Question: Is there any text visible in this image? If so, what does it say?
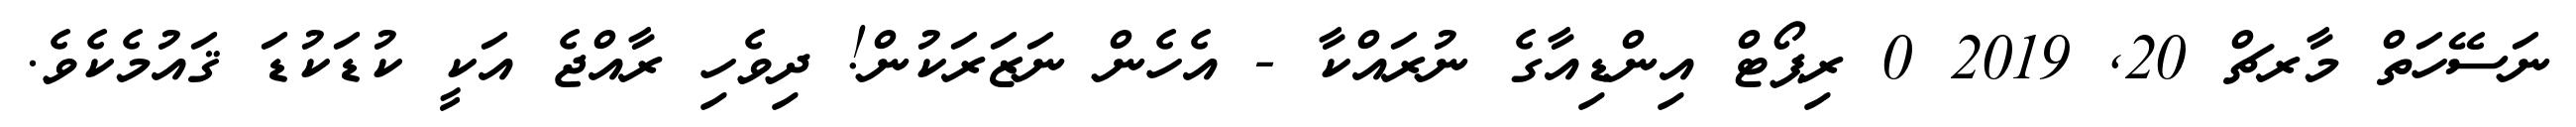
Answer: ނަސޭހަތް މާރޗް 20, 2019 0 ރިޕޯޓް އިންޑިއާގެ ނުރައްކާ - އެހެން ނަޒަރަކުން! ދިވެހި ރާއްޖެ އަކީ ކުޑަކުޑަ ޤައުމެކެވެ.